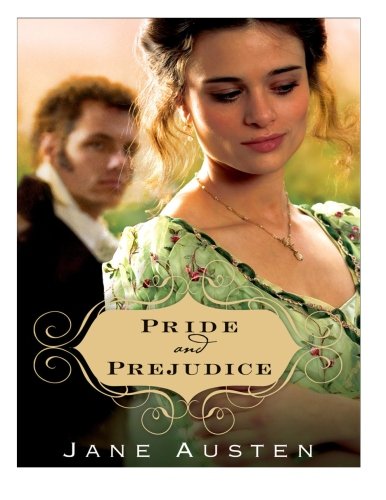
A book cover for Pride And Prejudice; Jane Austen; Comics & Graphic Novels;